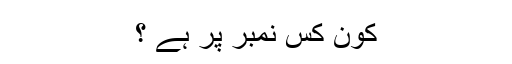
کون کس نمبر پر ہے ؟